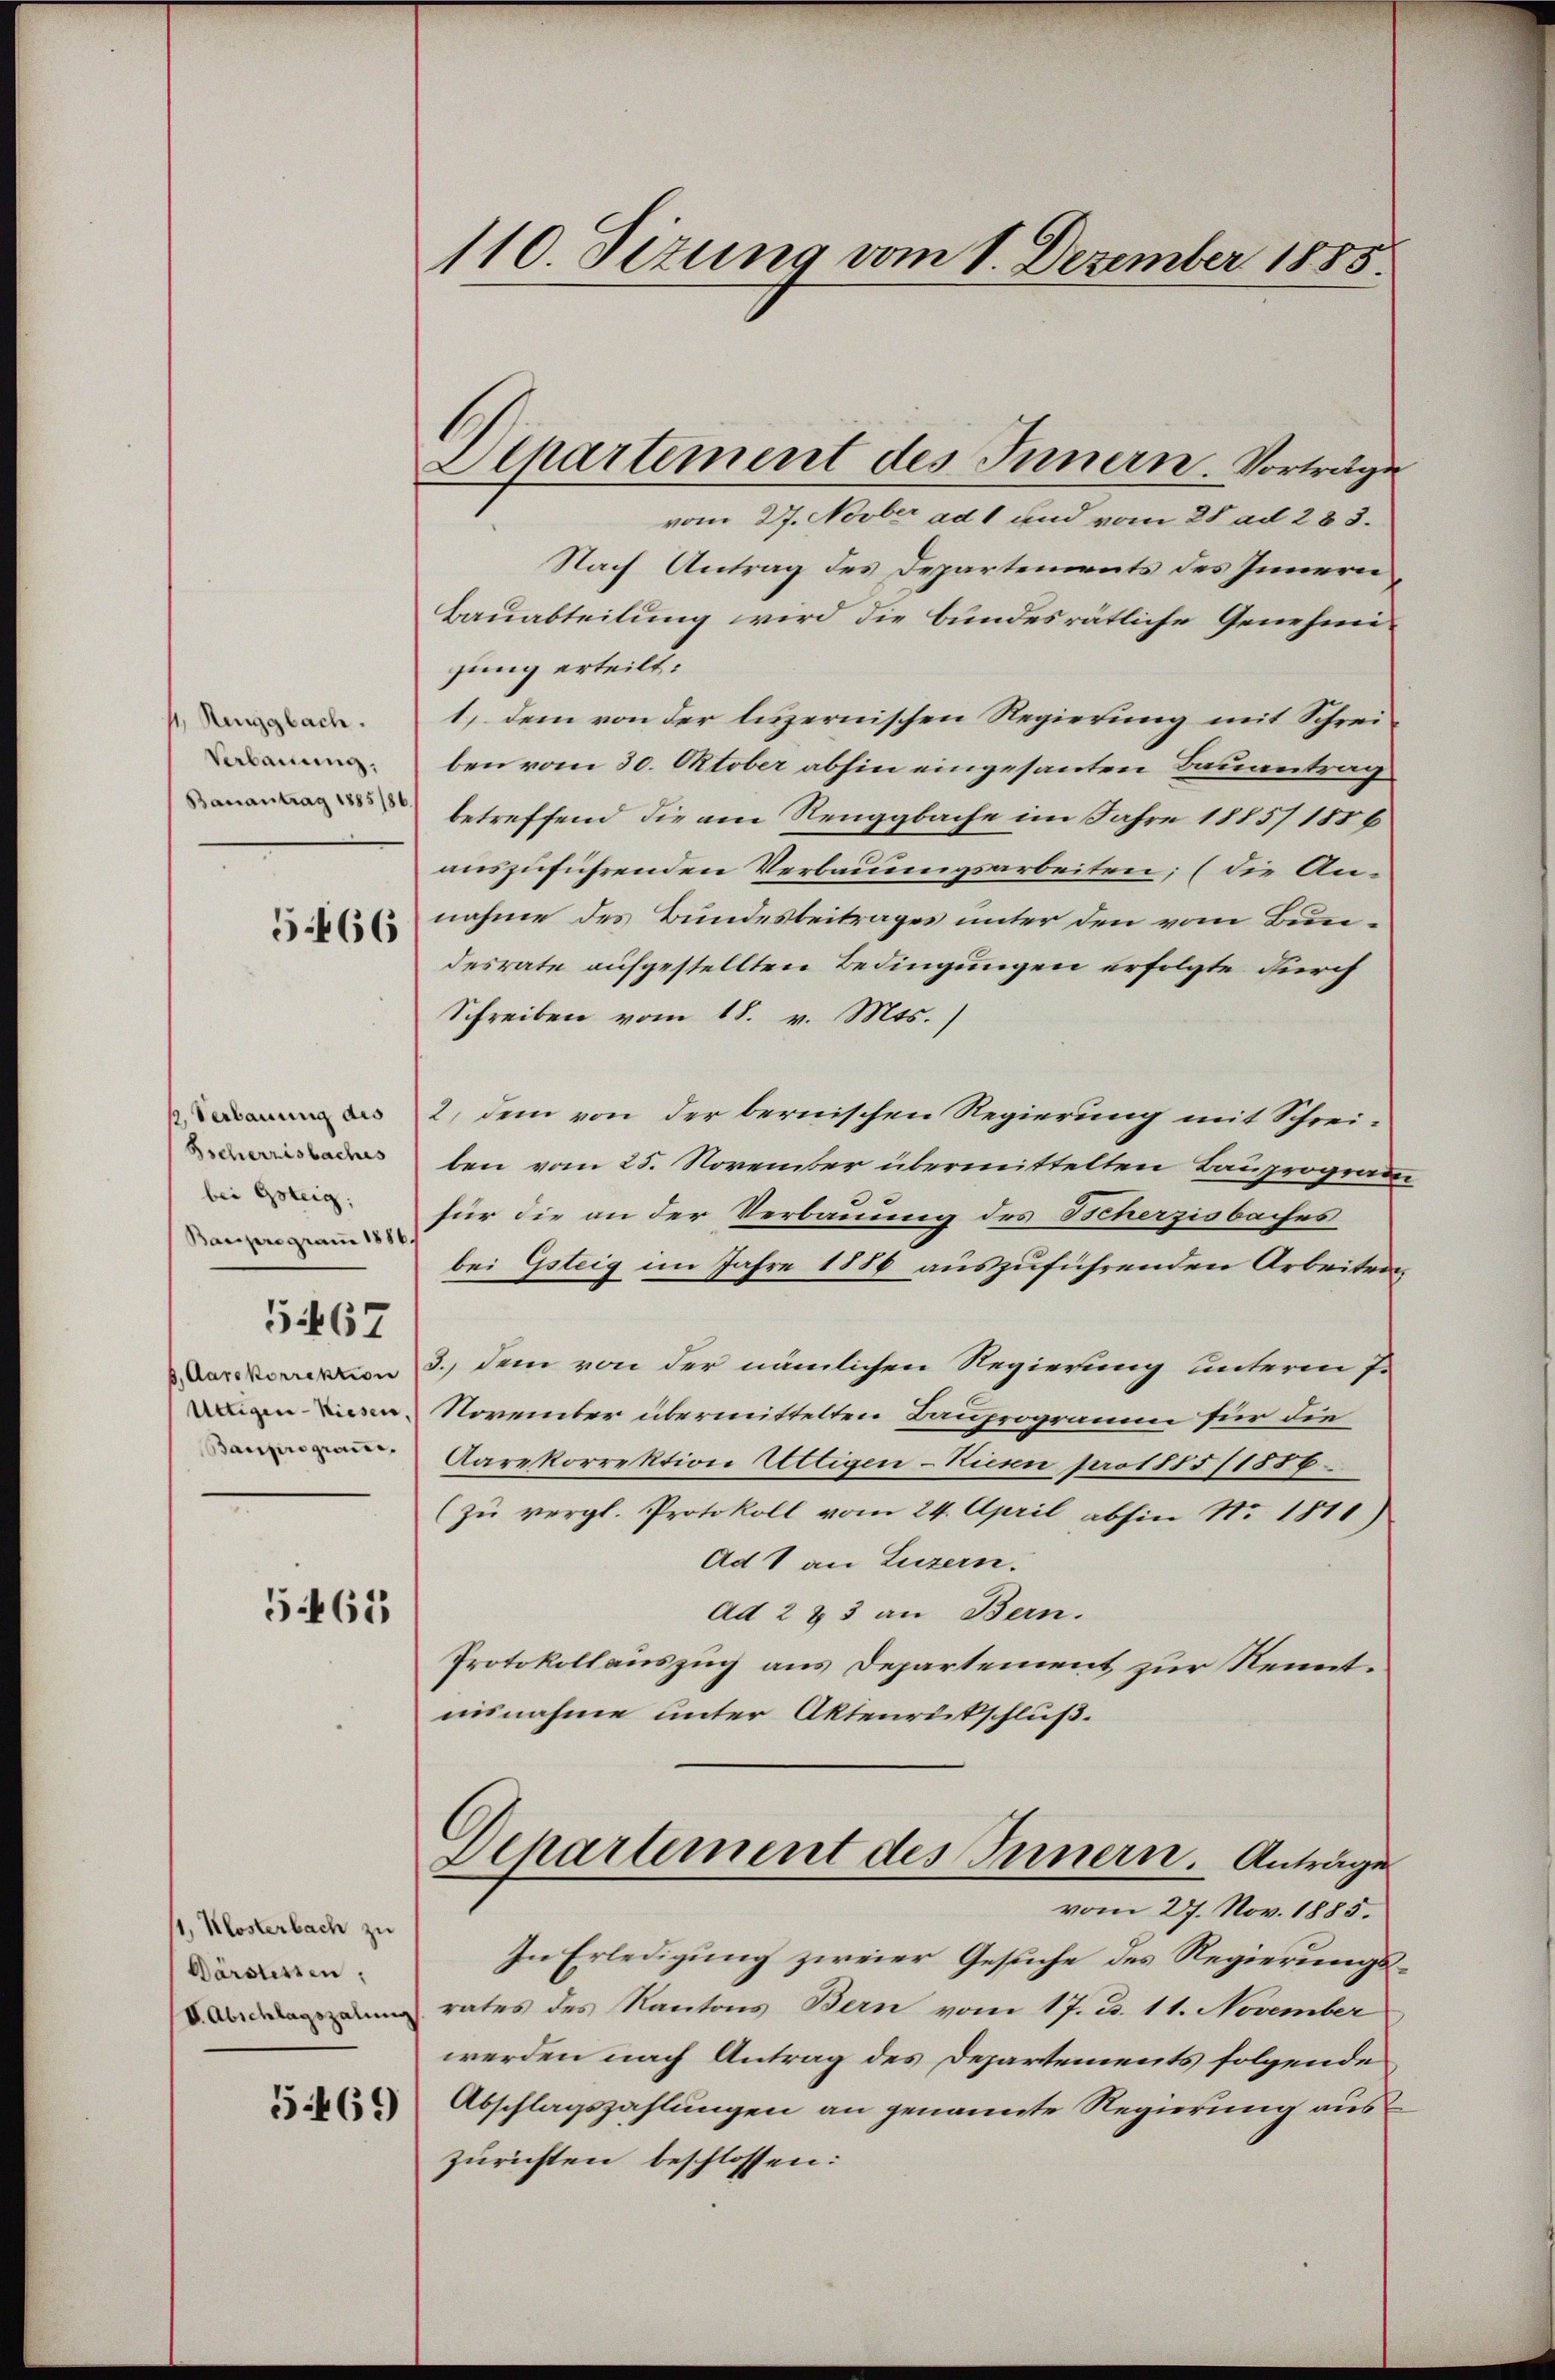
/, Ringgbach.
Verbauung,
Banantrag 1885/86

5466

ß, Verbauung des
Bscherzisbaches
bei Goteig,
Bauprogram 1886

51467

, Aarekorrektion
Untigen-Kiesen,
Bauprogram.

5462

/, Klosterbach zu
Darstessen:

5469

110 Sizung vom 1. Dezember 1885

1

Departement des Innern. Vorträge
vom 27. Novber ad 1 und vom 28 ad 283.
Nach Antrag des Departements des Innern,
Bauabteilung wird die bundesrätliche Genehmizung erteilt:
1, dem von der litzernischen Regierung mit Schreiben vom 30. Oktober abhin eingesanten Bauantrag
betreffend die am Renggbache im Jahre 1885/ 1886
auszuführenden Verbauungsarbeiten; (die Annahme des Bundesbeitrages unter den vom Bundesrate aufgestellten Bedingungen erfolgte durch
Schreiben vom 18. v. Mts.
2. dem von der bernischen Regierung mit Schreiben vom 25. November übermittelten Bauprogram
für die an der Verbauung des Scherzisbaches
bei Gsteig im Jahre 1886 auszuführenden Arbeiten
3. dem von der nämlichen Regierung unterm 7.
November übermittelten Bauprogramm für die
Aarekorrektion Ultigen-Riesen pot 885/1886.
(zu vergl. Protokoll vom 24. April abhin No. 1811)
Ad 1 an Luzern.
ad 2 & 3 an Bern.
Protokollauszug aus Departement zur Kenntaisnahme unter Aktenrückschluß.
Departement des Innern. Anträge
vom 27. Nov. 1885.
In Erledigung zweier Gesuche des Regierungs¬
 rates des Kantons Bern vom 17. d. 11. November
werden nach Antrag des Departements folgende
Abschlagszahlungen an genannte Regierung auszurichten beschlossen: